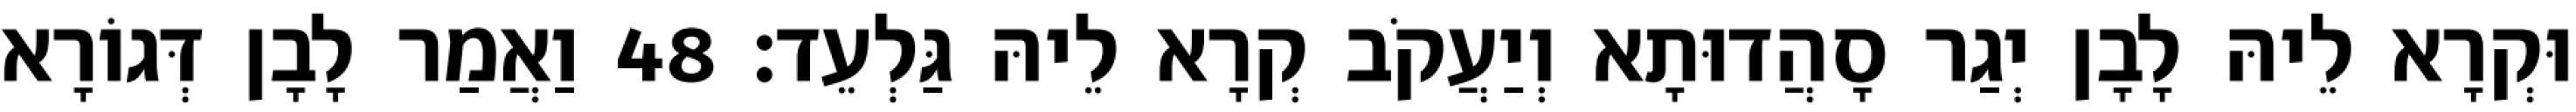
וּקְרָא לֵיהּ לָבָן יְגַר סָהֲדוּתָא וְיַעֲקֹב קְרָא לֵיהּ גַּלְעֵד׃ 48 וַאֲמַר לָבָן דְּגוֹרָא